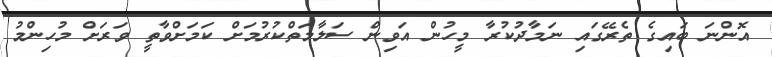
އޮންނަ ބައިގެ ތެރޭގައި ނަމާދުކުރާ މީހުން އަވިން ސަލާމަތްކުރުމަށް ކަމަށްވާތީ ވަރަށް މުހިންމު